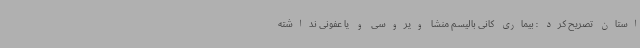
استان تصریح کرد : بیماری کانی بالیسم منشا ویروسی و یا عفونی نداشته